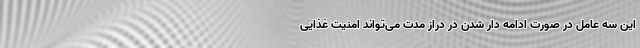
این سه عامل در صورت ادامه دار شدن در دراز مدت می‌تواند امنیت غذایی